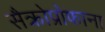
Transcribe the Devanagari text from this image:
सैक्रोप्रोफाना